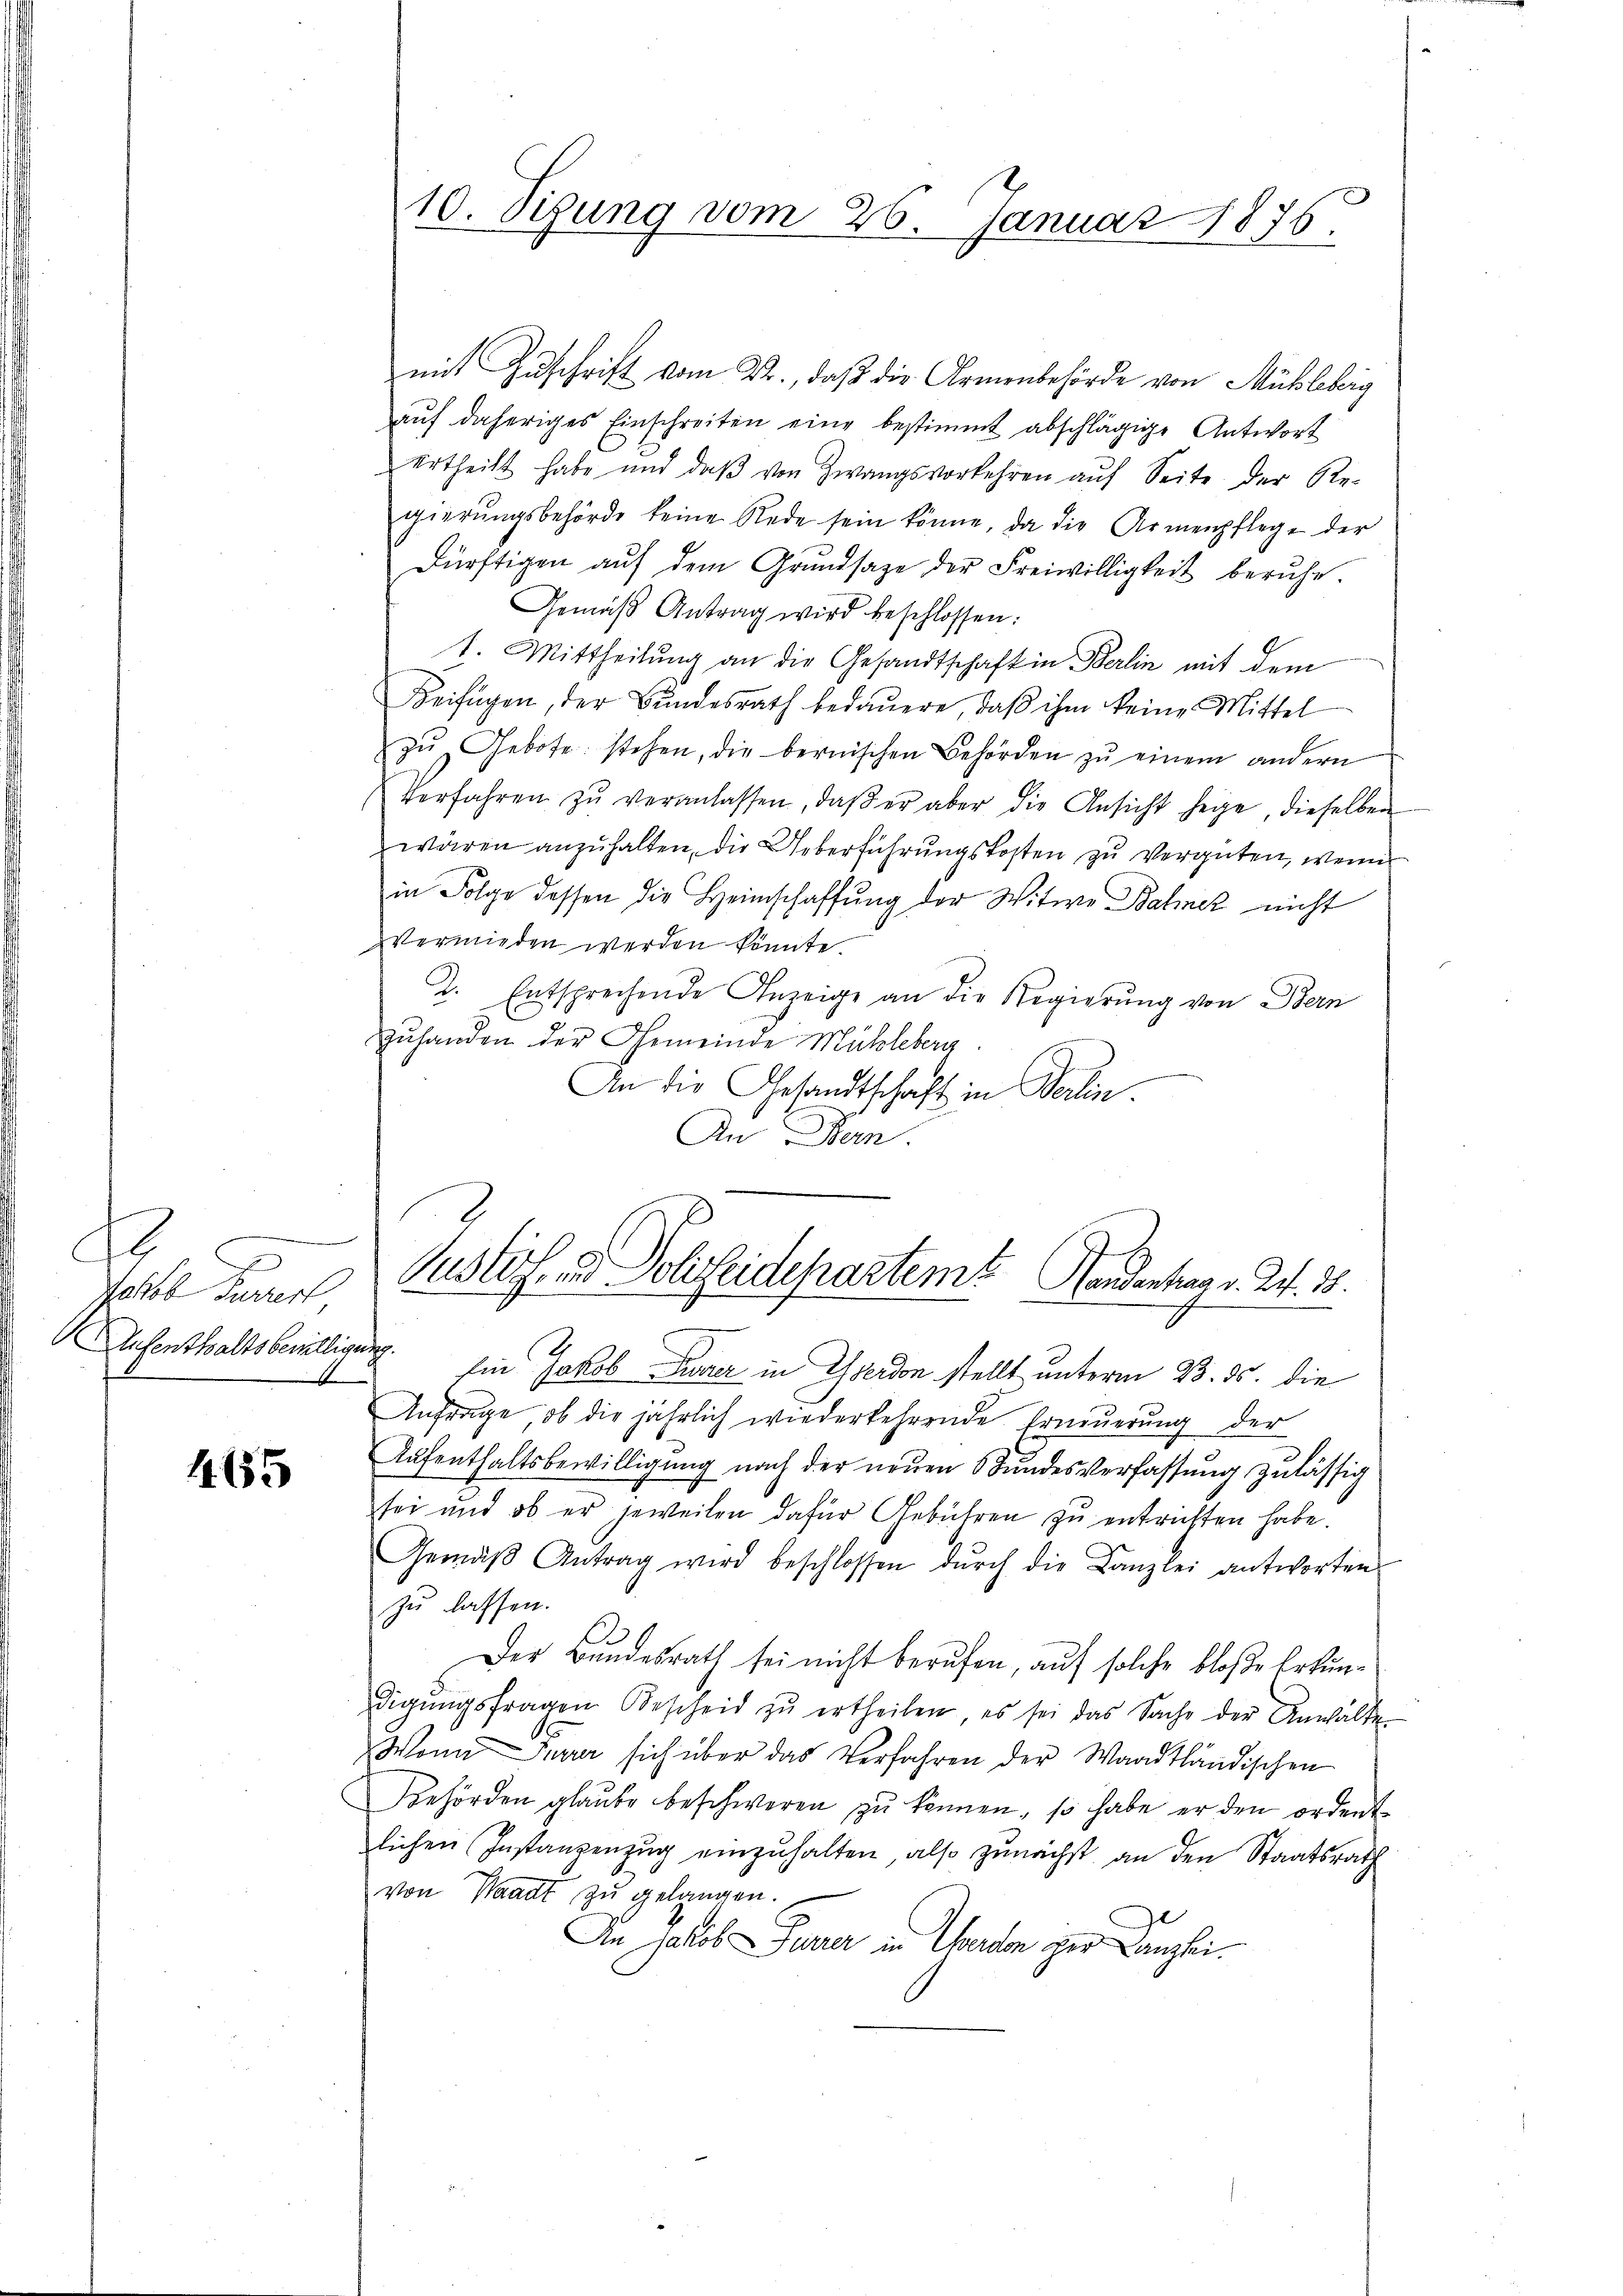
Fo
Volkes Federl
Aufenthaltsbewilligung

1655

10. Sizung vom 26. Januar 1876.

mit Zuschrift vom D., daß die Armenbehörde von Mühlebrig
aŭf daheriges Einschreiten eine bestimmt abschlägige Antwort
Urtheilt habe und daβ von Zwangsvorkehren aŭf Seite der Re-
gierŭngsbehörde keine Rede sein könne, da die Armenpflege der
dürftigen aŭf dem Grŭndsaze der Freiwilligkeit beruhe.
Gemäβ Antrag wird beschlossen:
t. Mittheilung an die Gesandtschaft in Berlin mit dem
Beifügen, der Bundesrath bedauere, daß ihm keine Mittel
zŭ Gebote stehen, die bernischen Behörden zŭ einem andern
Verfahren zŭ veranlassen, daβ er aber die Ansicht heige, dieselben
wären anzuhalten, die Ueberführungskosten zu vergüten, wenn
in Folge dessen die Heimschaffŭng der Witwe Bahner nicht
vermieden werden könnte.
2. Entsprechende Anzeige an die Regierung von Bern
zuhanden der Gemeinde Mühleberg.
An die Gesandtschaft in Berlin.
An Bern.
Justiz und Sohseidepartemt Handentrag v. J. 18.
Ein Jakob Feurer in Yverdon stellt unterm 23. ds. die
Anfrage, ob die jährlich wiederkehrende Erneuerung der
Aŭfenthaltsbewilligung nach der neŭen Stundesverfassŭng zulässig
sei und ob er jeweilen dafür Gebühren zu entrichten habe.
Gemäβ Antrag wird beschlossen dŭrch die Kanzlei antworten
zu lassen.
Der Bundesrath sei nicht berufen, auf solche bloße Erkundigŭngsfragen Bescheid zŭ ertheilen, es sei das Sache der Anwalte
Wona Furrer sich über das Verfahren der Waadtländischen
Behörden glaube beschweren zu können, so habe er den ordent
lichen Instanzenzug einzuhalten, also zunächst an den Staatsrath
von Waadt zu gelangen.
In Jakob Furrer in Theilen zur Kanzlei¬